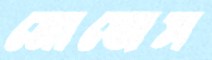
মোজেস